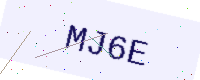
Text: MJ6E